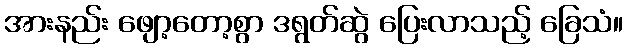
အားနည်း ဖျော့တော့စွာ ဒရွတ်ဆွဲ ပြေးလာသည့် ခြေသံ။